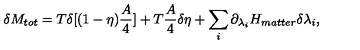
\delta M _ { t o t } = T \delta [ ( 1 - \eta ) { \frac { A } { 4 } } ] + T { \frac { A } { 4 } } \delta \eta + \sum _ { i } \partial _ { \lambda _ { i } } H _ { m a t t e r } \delta \lambda _ { i } ,